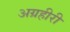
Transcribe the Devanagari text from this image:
अग्रहीरी